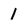
Character: 1